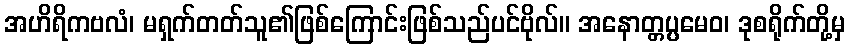
အဟိရိကဗလံ၊ မရှက်တတ်သူ၏ဖြစ်ကြောင်းဖြစ်သည်ပင်ဗိုလ်။ အနောတ္တပ္ပမေဝ၊ ဒုစရိုက်တို့မှ